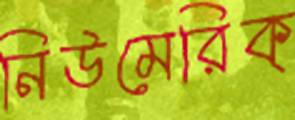
নিউমেরিক্